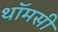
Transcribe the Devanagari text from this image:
थॉमसी